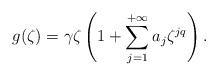
\begin{align*}g(\zeta)=\gamma\zeta \left(1 + \sum_{j=1}^{+\infty}a_j\zeta^{jq}\right).\end{align*}